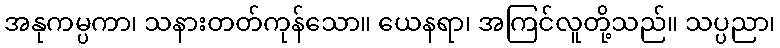
အနုကမ္ပကာ၊ သနားတတ်ကုန်သော။ ယေနရာ၊ အကြင်လူတို့သည်။ သပ္ပညာ၊